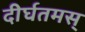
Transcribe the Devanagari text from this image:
दीर्घतमस्‌